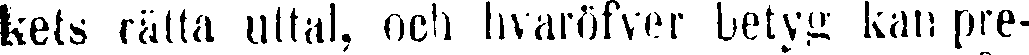
kets rätta uttal, ooh hvaröfver betyg kan pre-